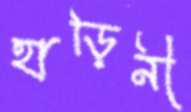
হাড়িনী